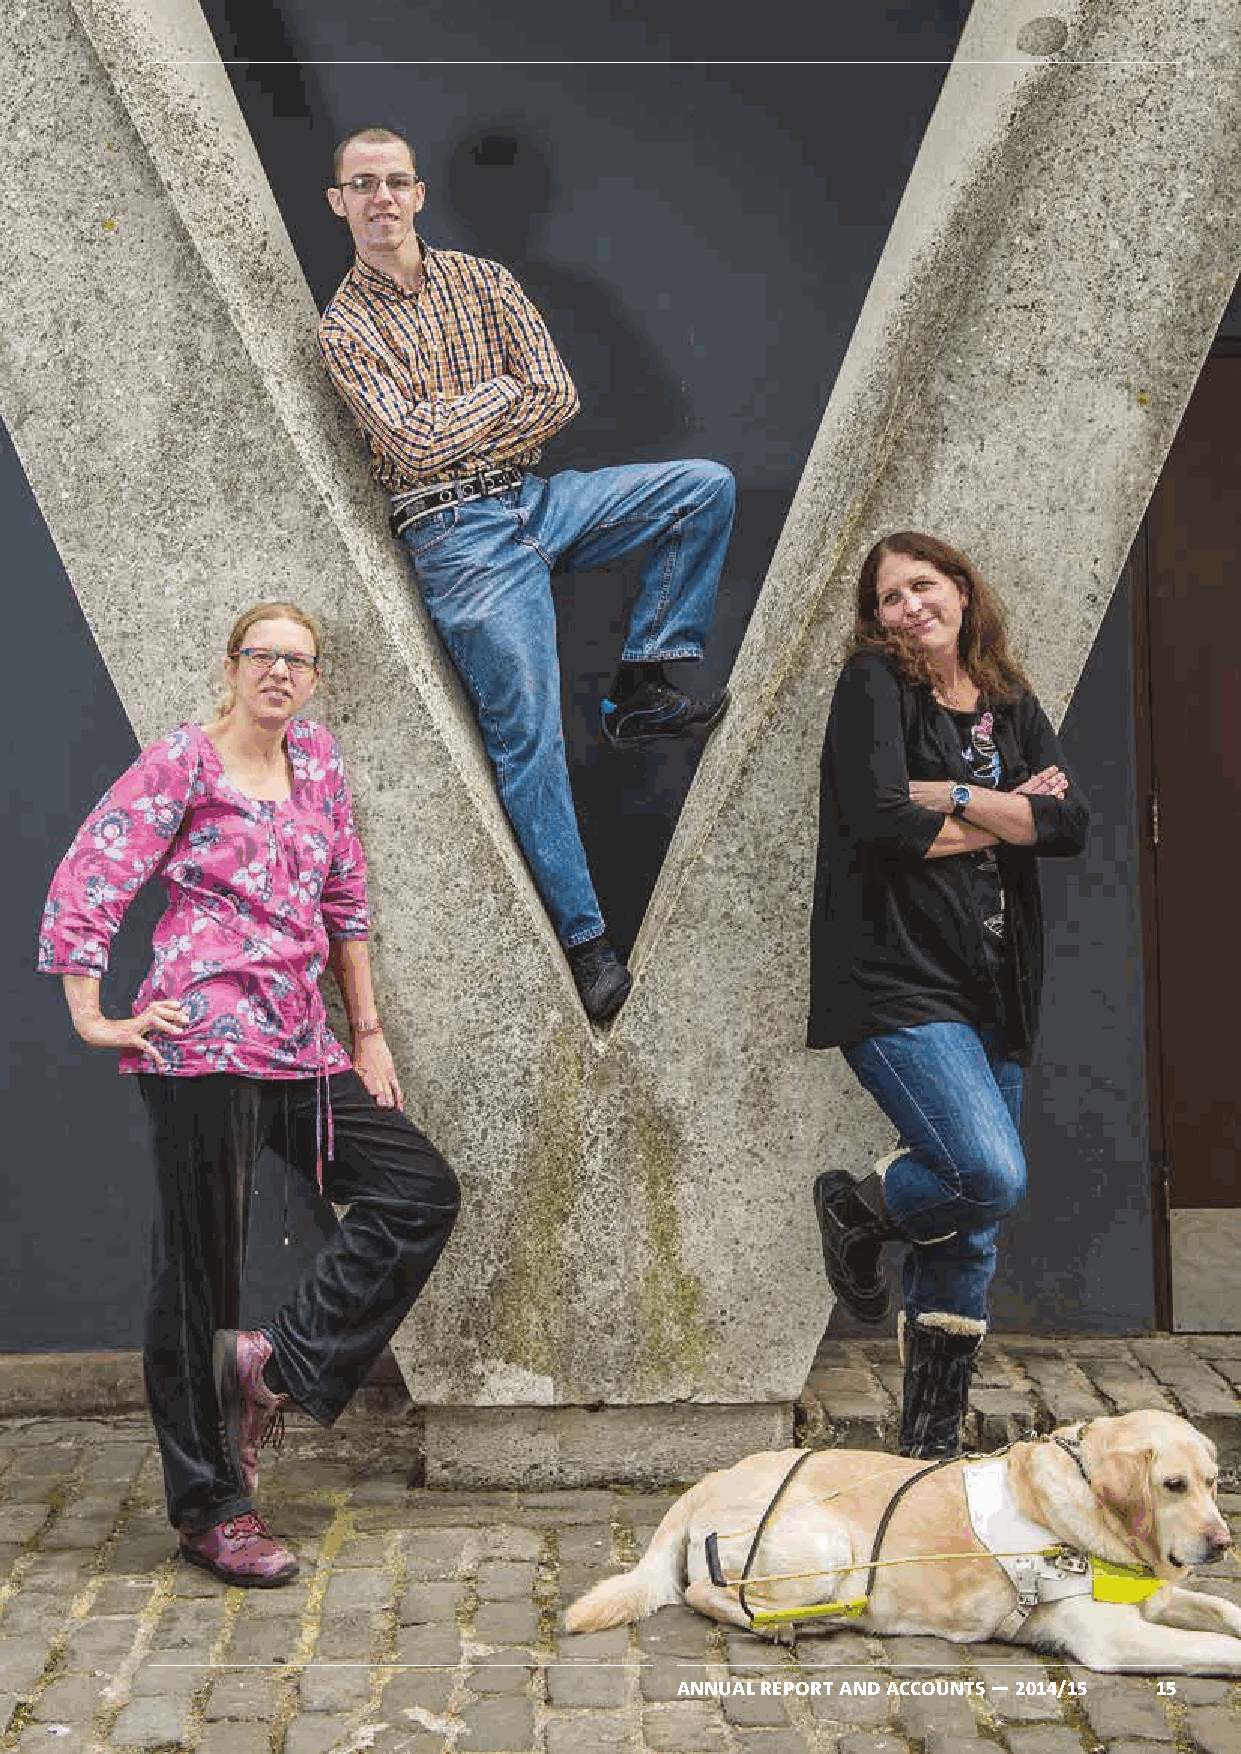
ANNUAL REPORT AND ACCOUNTS — 2014/15 15